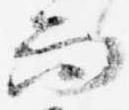
而